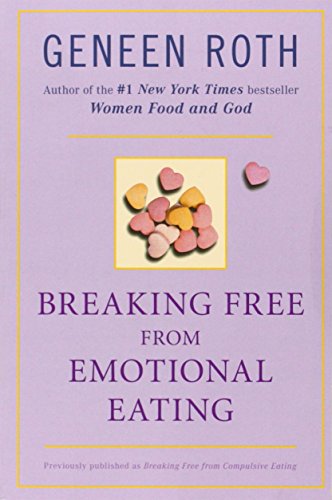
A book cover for Breaking Free from Emotional Eating; Geneen Roth; Self-Help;